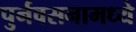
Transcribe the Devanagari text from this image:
पुर्नवसनामध्ये